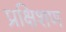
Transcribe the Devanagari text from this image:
प्रक्षिशण